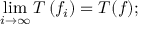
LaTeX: \operatorname* { l i m } _ { i \to \infty } T \left( f _ { i } \right) = T ( f ) ;